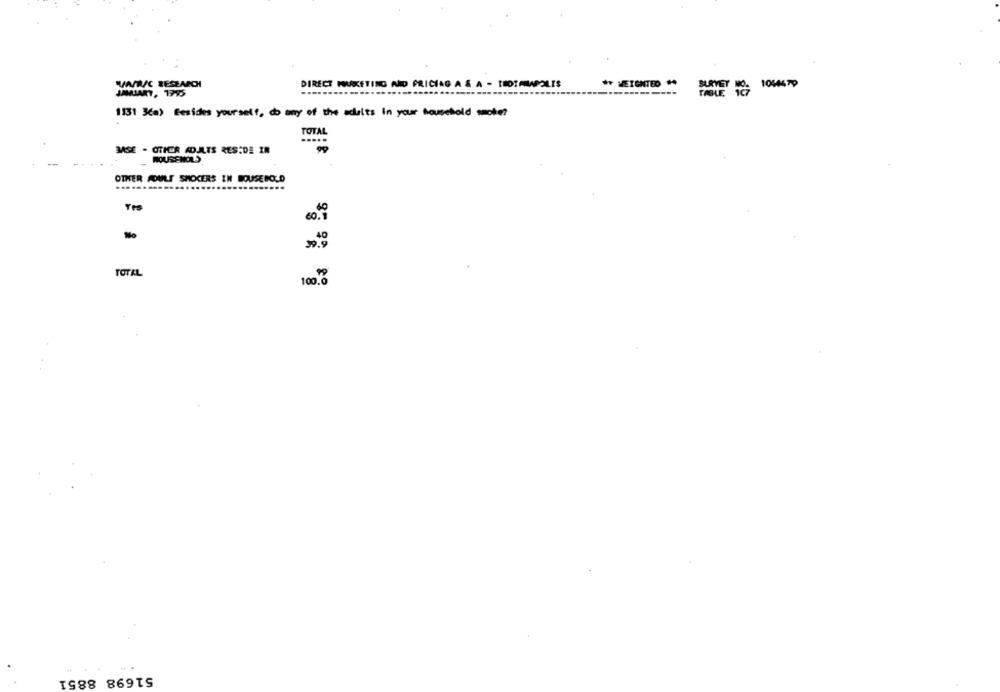
DIRECT MARKETING AND PRICING A & A - THOTHIPOLIS
** MEIGNTED #*
FONE 0 10667)
VAR/C RESEARCH
..........
JANUARY, 1995
------------
1:31 3(a) Besides yourself, do any of the adults in your household smoke?
TOTAL
MASE - OTHER ADULTS RES.DE IR
MOUSENOLS
-
OTHER FOULS SHOCERS IN BOUGEROLD
....
Yes
60.7
TOTAL
100 0
51698 8851